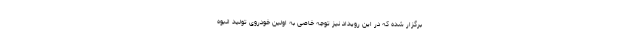
برگزار شده که در این رویداد نیز توجه خاصی به اولین خودروی تولید انبوه